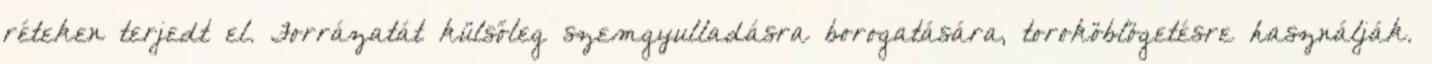
réteken terjedt el. Forrázatát külsőleg szemgyulladásra borogatására, toroköblögetésre használják.